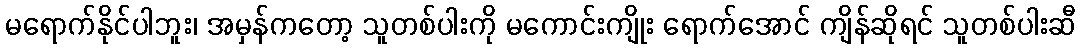
မရောက်နိုင်ပါဘူး၊ အမှန်ကတော့ သူတစ်ပါးကို မကောင်းကျိုး ရောက်အောင် ကျိန်ဆိုရင် သူတစ်ပါးဆီ